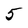
Character: 5